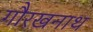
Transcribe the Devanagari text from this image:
गौरखनाथ